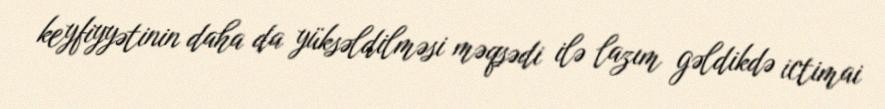
keyfiyyətinin daha da yüksəldilməsi məqsədi ilə lazım gəldikdə ictimai